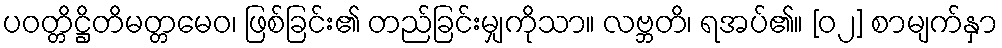
ပဝတ္တိဋ္ဌိတိမတ္တမေဝ၊ ဖြစ်ခြင်း၏ တည်ခြင်းမျှကိုသာ။ လဗ္ဘတိ၊ ရအပ်၏။ [၀၂] စာမျက်နှာ